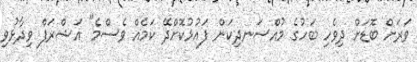
ވަރަށް ބޮޑަށް ދިވެހި ބަހުގެ މުއްސަނދިކަން ފައުޅުކޮށްދޭ ކަމެއް ވެސްމެ" އަޝްރަފް ވިދާޅުވި